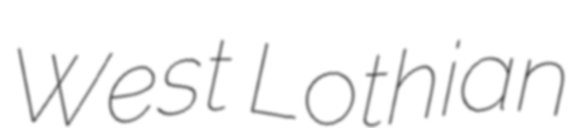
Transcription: West Lothian